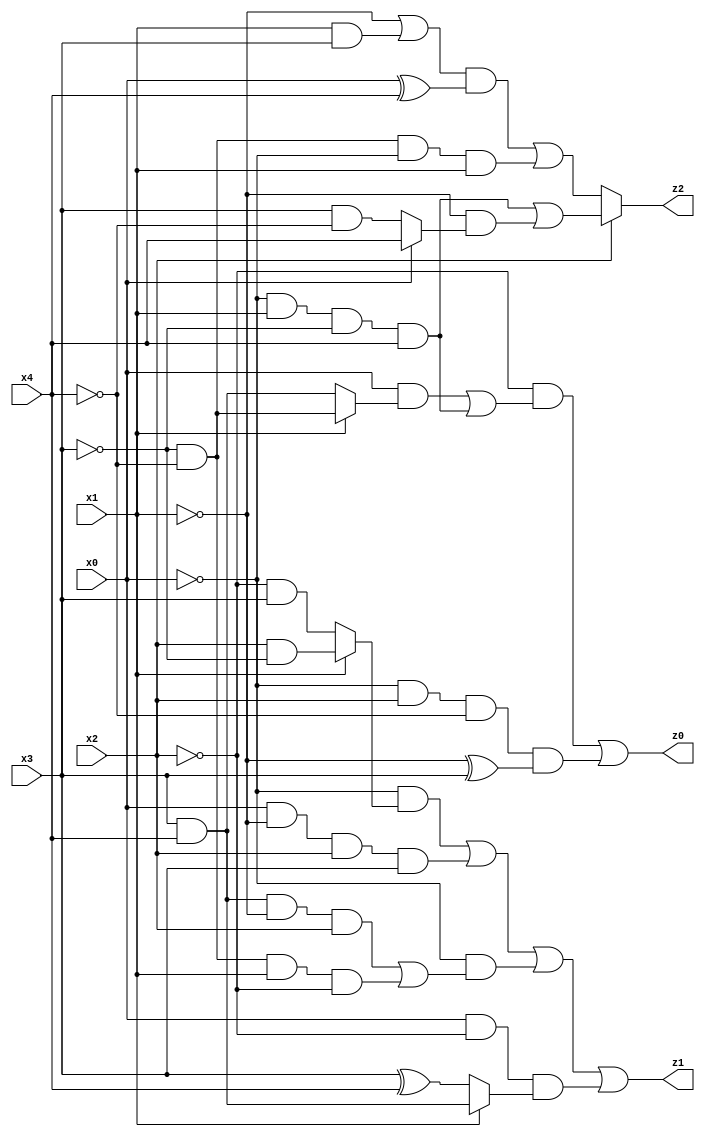
// Benchmark "res" written by ABC on Mon Jul 10 23:33:09 2023

module res ( 
    x0, x1, x2, x3, x4,
    z0, z1, z2  );
  input  x0, x1, x2, x3, x4;
  output z0, z1, z2;
  assign z0 = (~x2 & ((x0 & (x1 ? (~x3 & ~x4) : (x3 & x4))) | (~x0 & x1 & ~x3 & x4))) | (~x0 & x2 & ~x4 & (~x1 ^ x3));
  assign z1 = (~x0 & (x1 ? (x2 & ~x3) : (~x2 & x3))) | (x0 & ~x1 & x2 & x3) | (~x0 & ((x3 & x4 & ~x1 & x2) | (~x3 & ~x4 & x1 & ~x2))) | (x0 & ~x2 & (x1 ? (x3 & x4) : (x3 ^ x4)));
  assign z2 = x2 ? ((~x0 & x1 & ~x3 & x4) | (~x1 & (x0 ? x4 : (x3 & ~x4)))) : (((~x1 | (x1 & x3)) & (x0 ^ x4)) | (~x3 & ~x4 & ~x0 & x1));
endmodule